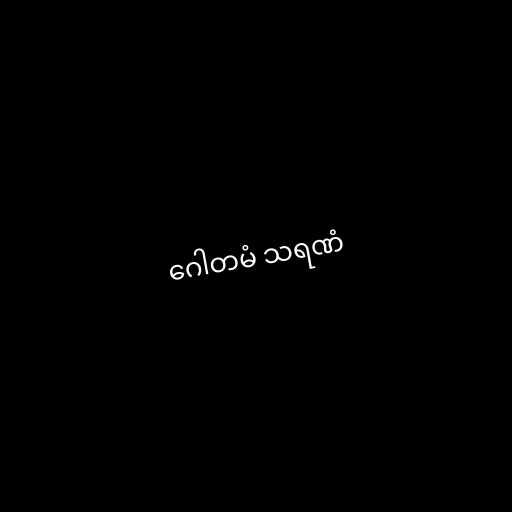
ဂေါတမံ သရဏံ